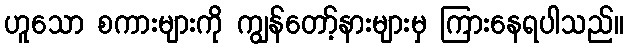
ဟူသော စကားများကို ကျွန်တော့်နားများမှ ကြားနေရပါသည်။